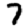
Digit: 7